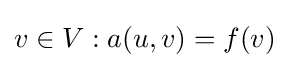
v\in V:a(u,v)=f(v)